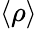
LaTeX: \left\langle\rho\right\rangle